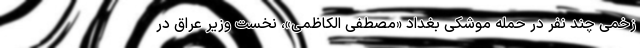
زخمی چند نفر در حمله موشکی بغداد «مصطفی الکاظمی»، نخست وزیر عراق در